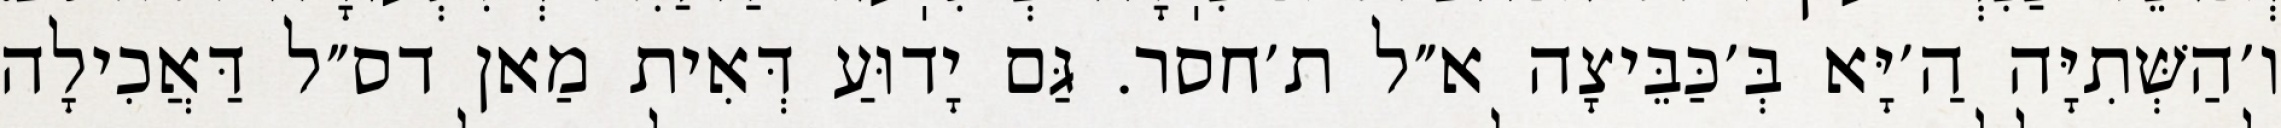
ו׳הַשְּׁתִיָּה הַ׳יָּא בְּ׳כַּבֵּיצָה א״ל ת׳חסר. גַּם יָדוּעַ דְּאִית מַאן דס״ל דַּאֲכִילָה